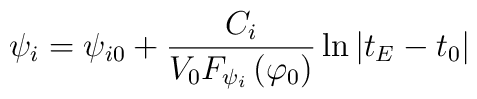
\psi _i=\psi _{i0}+\frac{C_i}{V_0F_{\psi _i}\left( \varphi _0\right) }\ln\left| t_E-t_0\right|